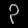
Digit: ၃